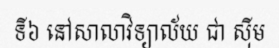
ទី៦ នៅសាលាវិទ្យាល័យ ជា ស៊ីម